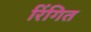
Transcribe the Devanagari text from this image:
रिंगित